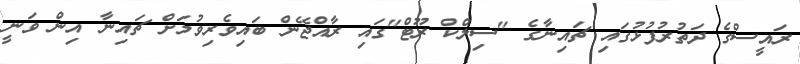
ރައީސްގެ ދަތުރުފުޅުގައި ޗައިނާގެ "ސިލްކް ރޫޓް"ގައި ރާއްޖޭން ބައިވެރިވުމަށް ޗައިނާ އިން ވަނީ